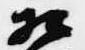
相